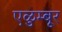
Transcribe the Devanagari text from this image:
एळुम्बूर